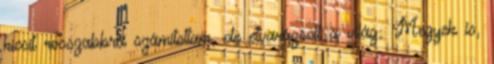
kicsit rosszabbra számítottam, de elvarázsolt a világ. Megyek is,